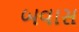
બવાસ